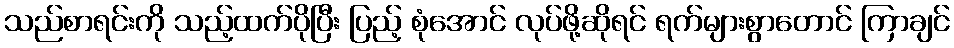
သည်စာရင်းကို သည့်ထက်ပိုပြီး ပြည့် စုံအောင် လုပ်ဖို့ဆိုရင် ရက်များစွာတောင် ကြာချင်